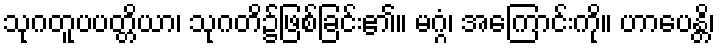
သုဂတူပပတ္တိယာ၊ သုဂတိ၌ဖြစ်ခြင်း၏။ မဂ္ဂံ၊ အကြောင်းကို။ ဟာပေန္တိ၊